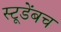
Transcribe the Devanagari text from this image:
स्टूडेंबच